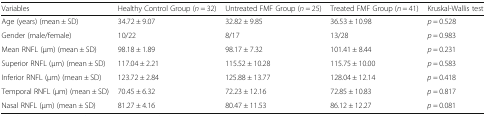
| Variables | Healthy Control Group (n = 32) | Untreated FMF Group (n = 25) | Treated FMF Group (n = 41) | Kruskal-Wallis test |
 | --- | --- | --- | --- | --- |
 | Age (years) (mean ± SD) | 34.72 ± 9.07 | 32.82 ± 9.85 | 36.53 ± 10.98 | p = 0.528 |
 | Gender (male/female) | 10/22 | 8/17 | 13/28 | p = 0.983 |
 | Mean RNFL (μm) (mean ± SD) | 98.18 ± 1.89 | 98.17 ± 7.32 | 101.41 ± 8.44 | p = 0.231 |
 | Superior RNFL (μm) (mean ± SD) | 117.04 ± 2.21 | 115.52 ± 10.28 | 115.75 ± 10.00 | p = 0.583 |
 | Inferior RNFL (μm) (mean ± SD) | 123.72 ± 2.84 | 125.88 ± 13.77 | 128.04 ± 12.14 | p = 0.418 |
 | Temporal RNFL (μm) (mean ± SD) | 70.45 ± 6.32 | 72.23 ± 12.16 | 72.85 ± 10.83 | p = 0.817 |
 | Nasal RNFL (μm) (mean ± SD) | 81.27 ± 4.16 | 80.47 ± 11.53 | 86.12 ± 12.27 | p = 0.081 |